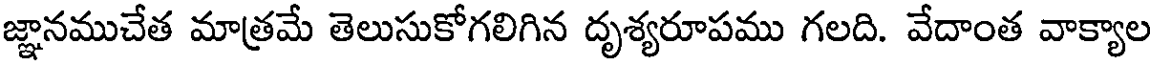
జ్ఞానముచేత మాత్రమే తెలుసుకోగలిగిన దృశ్యరూపము గలది. వేదాంత వాక్యాల